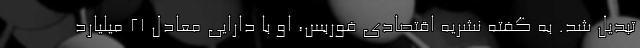
تبدیل شد. به گفته نشریه اقتصادی فوربس، او با دارایی معادل ۲۱ میلیارد